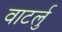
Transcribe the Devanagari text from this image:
वाटर्लु